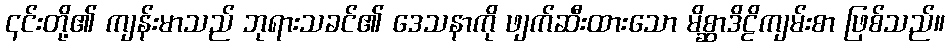
၎င်းတို့၏ ကျန်းမာသည် ဘုရားသခင်၏ ဒေသနာကို ဖျက်ဆီးထားသော မိစ္ဆာဒိဠိကျမ်းစာ ဖြစ်သည်။